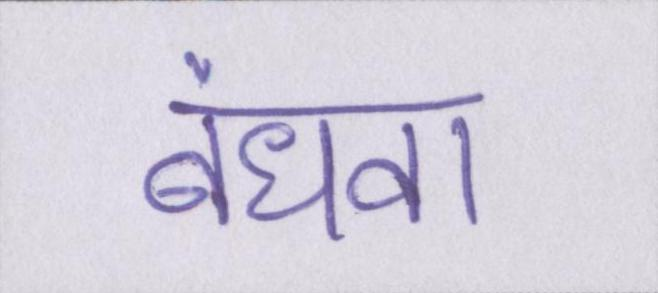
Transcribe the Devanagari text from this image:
बंधवा